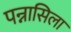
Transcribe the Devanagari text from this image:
पन्नासिला